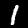
Digit: 1